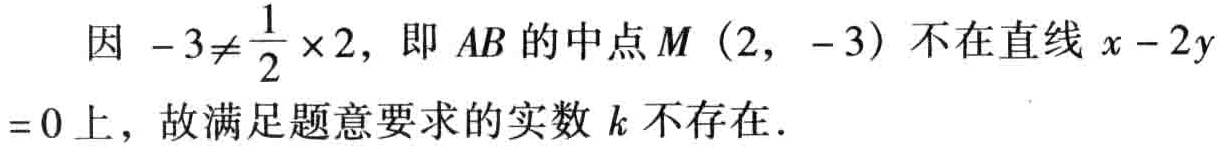
因 \(-3\neq\frac{1}{2} \times 2\)，即 \(AB\) 的中点 \(M\ (2,\ -3)\) 不在直线 \(x - 2y = 0\) 上，故满足题意要求的实数 \(k\) 不存在.